Vaccination in Bombay 1869-1873 - 1869-1873
Year: 1869
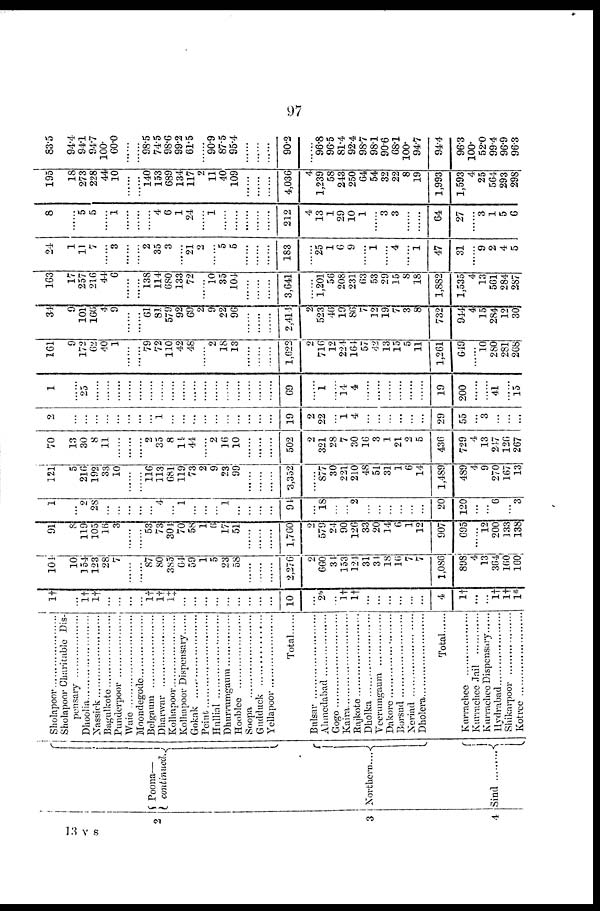
97
2
3
4
Poona—
continued.
Northern....
Sind . . . . . . . .
Sholapoor . . . . . . . . . . . . . . . .
Sholapoor Charitable Dis¬
pensary . . . . . . . . . . . . . . . .
Dhoolia . . . . . . . . . . . . . . . .
Nassick . . . . . . . . . . . . . . . .
Bagulkote . . . . . . . . . . . . . .
Pandharpoor . . . . . . . . . . . .
Waie . . . . . . . . . . . . . . . . . .
Moondegode . . . . . . . . . . . .
Belgaum . . . . . . . . . . . . . . .
Dharwar . . . . . . . . . . . . . . .
Kolhapoor . . . . . . . . . . . . . .
Kolhapoor Dispensary. . . . .
Gokak . . . . . . . . . . . . . . . . .
Peint . . . . . . . . . . . . . . . . . .
Hullial . . . . . . . . . . . . . . . . .
Dhurrumgaum . . . . . . . . . . .
Hooblee . . . . . . . . . . . . . . . .
Soopa . . . . . . . . . . . . . . . . . .
Gudduck . . . . . . . . . . . . . . . .
Yellapoor . . . . . . . . . . . . . . .
Total
Bulsar . . . . . . . . . . . . . . . . . .
Ahmedabad . . . . . . . . . . . . .
Gogo . . . . . . . . . . . . . . . . . .
Kaira . . . . . . . . . . . . . . . . . .
Rajkote . . . . . . . . . . . . . . . . .
Dholka . . . . . . . . . . . . . . . . .
Veerumgaum . . . . . . . . . . . .
Dakore . . . . . . . . . . . . . . . . .
Borsud . . . . . . . . . . . . . . . . .
Neriad . . . . . . . . . . . . . . . . . .
Dholera . . . . . . . . . . . . . . . . .
Total
Kurrachee . . . . . . . . . . . . . . .
Kurrachee Jail . . . . . . . . . . . .
Kurrachee Dispensary . . . . . .
Hydrabad . . . . . . . . . . . . . . . .
Shikarpoor . . . . . . . . . . . . . . .
Kotree . . . . . . . . . . . . . . . . . .
1†
...
1†
1†
...
...
...
...
1†
1†
1‡
...
...
...
...
...
...
...
...
...
10
...
2*
...
1† 1†
...
...
...
...
...
...
4
1†
...
...
1† 1†
1*
104
10
154
123
28
7
......
......
87
80
385
64
59
1
5
23
58
......
......
......
2,276
2
660
34
153
124
31
34
18
16
7
7
1,086
898
4
13
364
160
160
91
8
119
105
16
3
......
......
53
73
304
70
58
1
6
17
51
......
......
......
1,760
2
579
24
90
126
33
20
14
6
1
12
907
695
......
12
200
133
138
1
...
2
28
...
...
...
...
...
4
...
1
...
...
...
1
...
...
...
...
94
...
18
...
... 2
...
...
...
...
...
...
20
120
...
...
6
...
3
121
5
216
192
33
10
......
......
116
113
681
119
73
2
9
23
99
......
......
......
3,352
......
877
30
221
210
48
51
31
1
6
14
1,489
489
4
9
270
167
13
70
13
30
8
11
......
......
......
2
35
8
14
44
...... 2
16
10
......
......
......
502
2
321
28
7
30
16
3
1
21
2
5
436
729
4
13
247
126
267
2
...
...
...
...
...
...
...
...
1
...
...
...
...
...
...
...
...
...
...
19
2
22
...
1
4
...
...
...
...
...
...
29
55
...
3
...
...
...
1
......
25
......
......
......
......
......
......
......
......
......
......
......
......
......
......
......
......
......
69
......
1
...
14
4
......
......
......
......
......
......
19
200
......
......
41
...
15
161
9
172
62
40
1
......
......
79
72
110
42
48
.......
2
18
13
......
......
......
1,622
2
716
12
224
164
57
42
13
15
5
11
1,261
649
......
10
280
281
268
34
9
101
166
4
9
......
......
61
81
579
92
69
2
9
22
96
......
......
......
2,414
2
523
46
19
86
7
12
19
7
3
8
732
944
4
15
284
12
30
163
17
257
216
44
6
......
......
138
114
680
133
72
...... 10
35
104
......
......
......
3,641
......
1,201
56
208
231
63
53
29
15
8
18
1,882
1,535
4
13
561
284
287
24
1
11
7
.......
3
......
......
2
35
3
......
21
2
......
5
5
......
......
......
183
......
25
1
6
9
......
1
...... 4
......
1
47
31
......
9
2
4
5
8
......
5
5
......
1
......
......
......
4
6
1
24
...... 1
......
......
......
......
......
212
4
13
1
29
10
1
......
3
3
......
......
64
27
......
3
1
5 6
195
18
273
228
44
10
......
......
140
153
689
134
117
2
11
40
109
......
......
......
4,036
4
1,239
58
243
250
64
54
32
22
8
19
1,993
1,593
4
25
564
293
298
83.5
94.4
94.1
94.7
100.
60.0
......
......
98.5
74.5
98.6
99.2
61.5
...... 90.9
87.5
95.4
......
......
......
90.2
......
96.8
96.5
81.4
92.4
98.7
98.1
90.6
68.1
100.
94.7
94.4
96.3
100.
52.0
99.4
96.9
96.3
13 V S